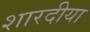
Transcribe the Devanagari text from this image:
शारदीया